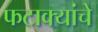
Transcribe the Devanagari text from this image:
फटाक्यांचे